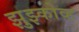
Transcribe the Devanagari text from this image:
झुझ्कोव्ह